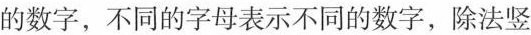
的数字，不同的字母表示不同的数字，除法竖